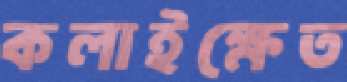
কলাইক্ষেত